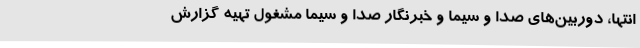
انتها، دوربین‌های صدا و سیما و خبرنگار صدا و سیما مشغول تهیه گزارش